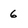
Character: 6